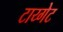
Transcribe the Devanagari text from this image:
टाय्गेट